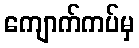
ကျောက်ကပ်မှ